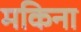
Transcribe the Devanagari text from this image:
मकिना